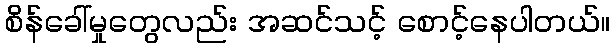
စိန်ခေါ်မှုတွေလည်း အဆင်သင့် စောင့်နေပါတယ်။